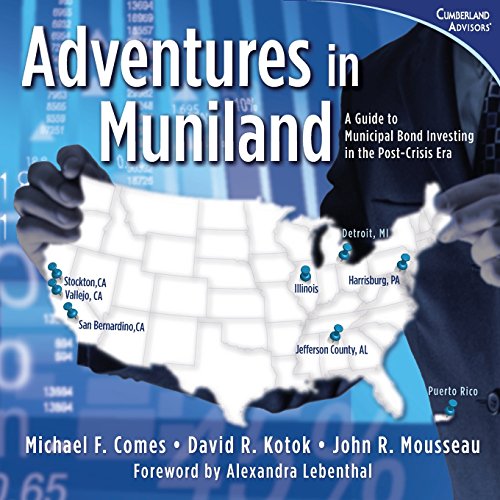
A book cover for Adventures in Muniland: A Guide to Municipal Bond Investing in the Post-Crisis Era; Michael F. Comes; Business & Money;